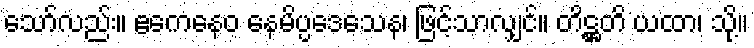
သော်လည်း။ ဧကေနေဝ နေမိပ္ပဒေသေန၊ ဖြင့်သာလျှင်။ တိဋ္ဌတိ ယထာ၊ သို့။